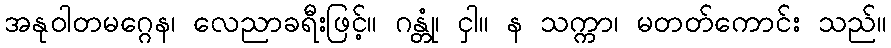
အနုဝါတမဂ္ဂေန၊ လေညာခရီးဖြင့်။ ဂန္တုံ၊ ငှါ။ န သက္ကာ၊ မတတ်ကောင်း သည်။